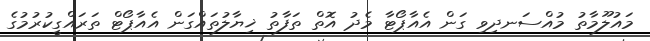
މައުލޫމާތު މުއްސަނދިވި ގަން އެއާޕޯޓާ މެދު އޮތް ތަފާތު ޚިޔާލުތައްގަން އެއާޕޯޓް ތަރައްގީކުރުމުގެ